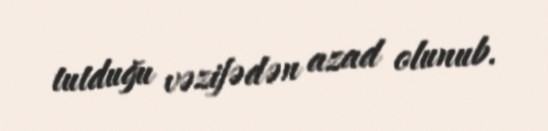
tutduğu vəzifədən azad olunub.